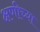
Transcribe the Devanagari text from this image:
क्षणीच्या